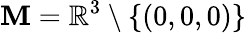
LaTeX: \mathbf{M}=\mathbb{{R}}^{3}\setminus\{ (0,0,0)\}